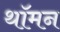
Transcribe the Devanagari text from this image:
थॉमन